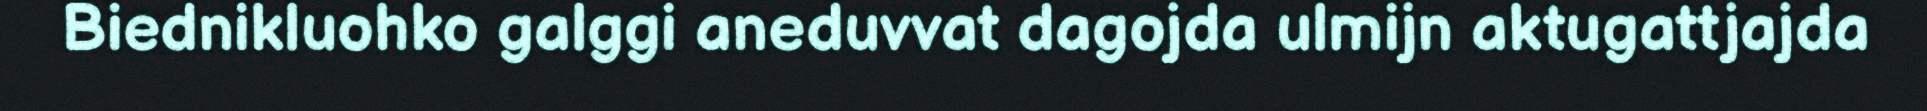
Biednikluohko galggi aneduvvat dagojda ulmijn aktugattjajda